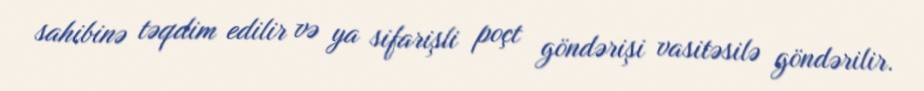
sahibinə təqdim edilir və ya sifarişli poçt göndərişi vasitəsilə göndərilir.